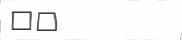
٢٦